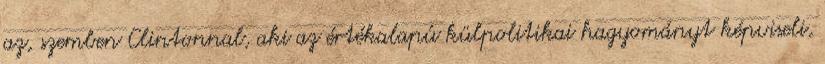
az, szemben Clintonnal, aki az értékalapú külpolitikai hagyományt képviseli,